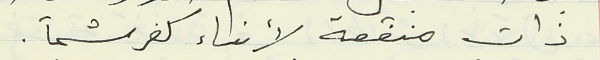
ذات منفعة لأبناء كفرشيما.